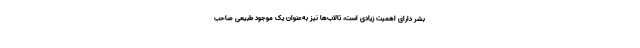
بشر دارای اهمیت زیادی است، تالاب‌ها نیز به‌عنوان یک موجود طبیعی صاحب